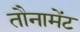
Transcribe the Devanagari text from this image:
तौनामेंट